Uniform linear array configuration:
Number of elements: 24
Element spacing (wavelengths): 1
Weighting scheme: blackman
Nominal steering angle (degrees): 60
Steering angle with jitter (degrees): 58.77
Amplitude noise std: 0.05
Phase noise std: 0.05

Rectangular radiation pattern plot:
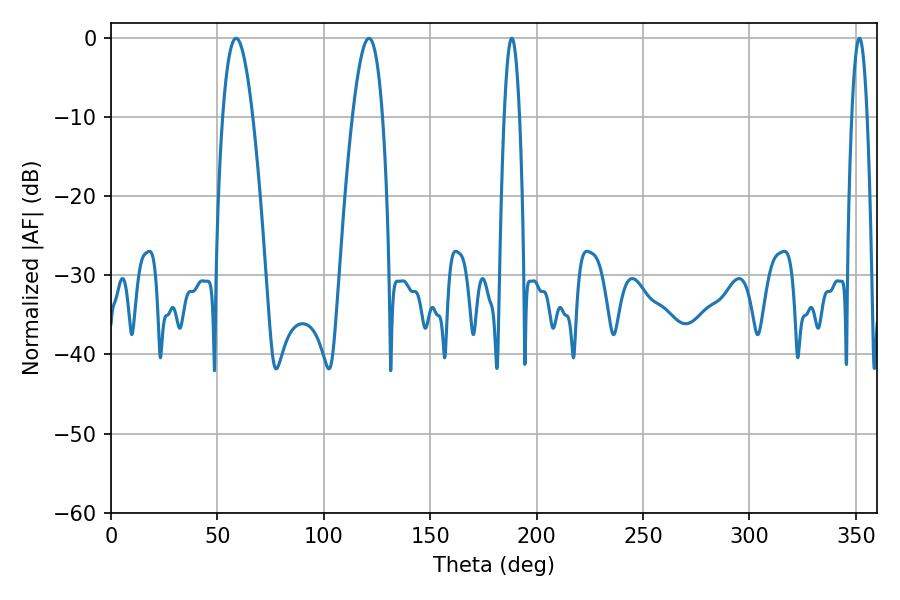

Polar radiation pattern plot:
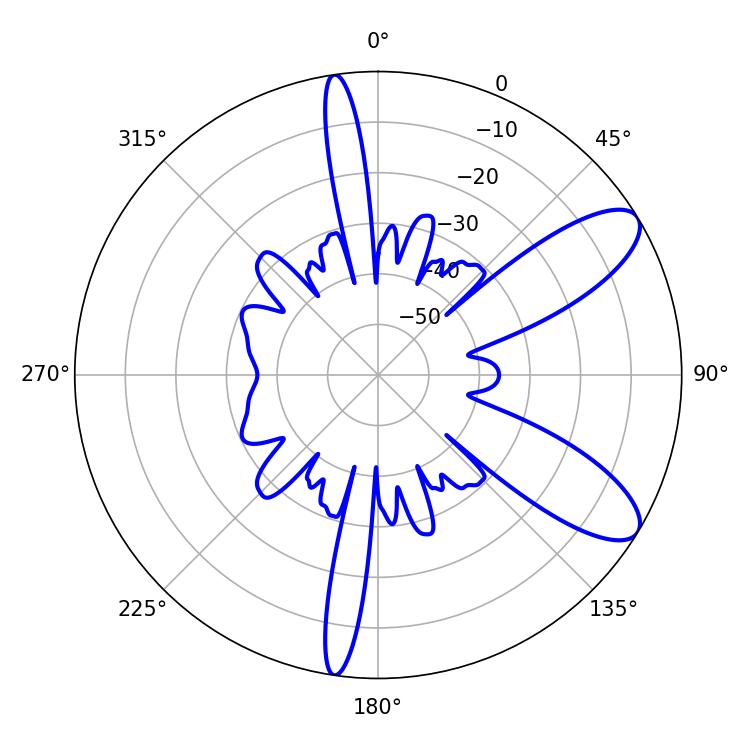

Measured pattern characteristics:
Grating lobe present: TRUE
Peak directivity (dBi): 9.439
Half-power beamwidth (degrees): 7.74
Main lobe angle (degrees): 58.86